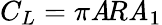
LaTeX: C_{L}=\pi\mathit{A}\! R\mathit{A}_{1}